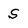
Character: S